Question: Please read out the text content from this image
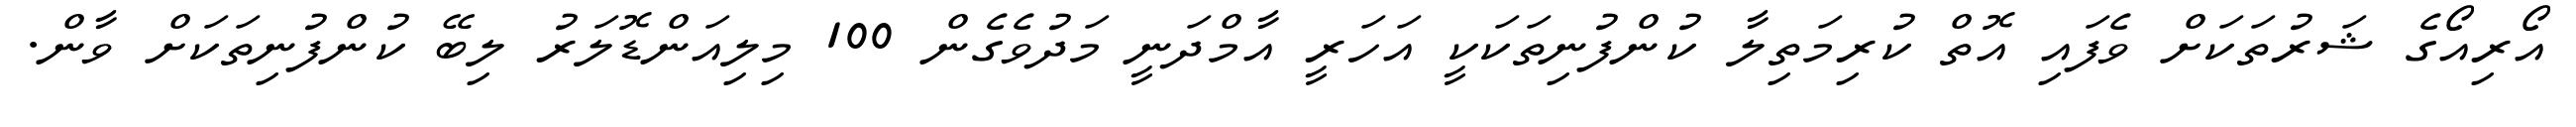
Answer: އޯރިއޯގެ ޝަރުތަކަށް ވެފައި އޮތް ކުރިމަތިލާ ކުންފުނިތަކަކީ އަހަރީ އާމްދަނީ މަދުވެގެން 100 މިލިއަންޑޮލަރު ލިބޭ ކުންފުނިތަކަށް ވާން.